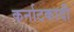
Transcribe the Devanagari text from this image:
कर्नाटकादी